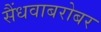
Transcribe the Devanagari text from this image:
सैंधवाबरोबर